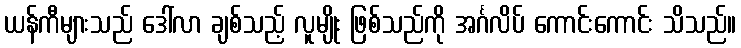
ယန်ကီများသည် ဒေါ်လာ ချစ်သည့် လူမျိုး ဖြစ်သည်ကို အင်္ဂလိပ် ကောင်းကောင်း သိသည်။